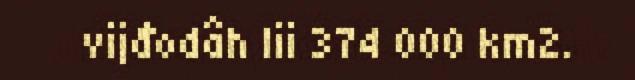
vijđodâh lii 374 000 km2.